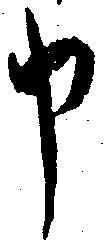
申